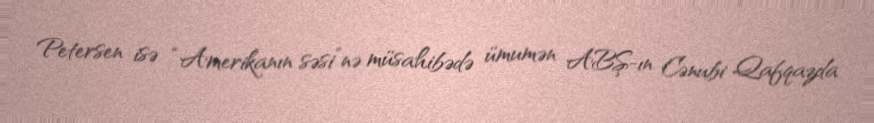
Petersen isə “Amerikanın səsi”nə müsahibədə ümumən ABŞ-ın Cənubi Qafqazda